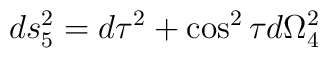
ds_5^2 = d \tau^2 + \cos^2\tau d \Omega_4^2